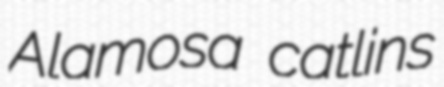
Alamosa catlins